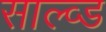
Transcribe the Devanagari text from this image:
साल्व्ड